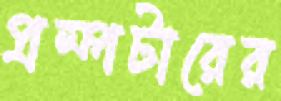
প্রম্পটারের